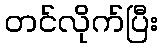
တင်လိုက်ပြီး